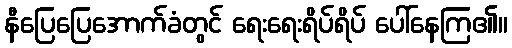
နီပြေပြေအောက်ခံတွင် ရေးရေးရိပ်ရိပ် ပေါ်နေကြ၏။